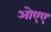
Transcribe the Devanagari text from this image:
ओएए